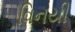
વિનયી